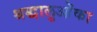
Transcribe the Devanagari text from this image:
श्रद्धालुओंका